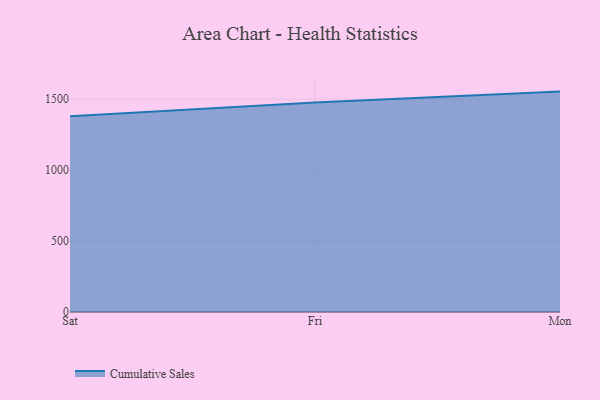
{"axis": {"x": "Day", "y": "Page Views"}, "legend": ["Cumulative Sales"], "data": [{"x": "Sat", "y": 1380.0, "type": "Cumulative Sales"}, {"x": "Fri", "y": 1476.5, "type": "Cumulative Sales"}, {"x": "Mon", "y": 1553.4, "type": "Cumulative Sales"}]}